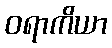
ဝရာကိယာ